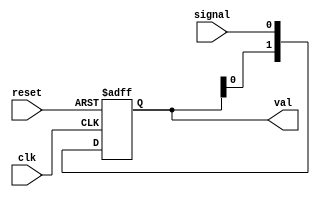
module shift_reg(
    input signal,
    input clk,
    input reset,
    output reg [1:0] val
);
    always @(posedge clk or posedge reset)
    begin
        if(reset == 1'b1)begin
            val <= 2'bxx; //xx para ser indeterminado como diz no enunciado
        end
        else begin
            val[1] <= val[0]; //serve para controlar as variaveis do start e reset
            val[0] <= signal;  // basic shift reg
        end
    end
endmodule